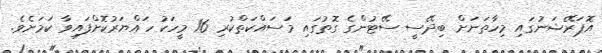
އޮޕަރޭޝަނުގައި މިހާތަނަށް ބިދޭސީ ސޭޓުންގެ ގޮތުގައި މަސައްކަތްކުރި 16 މީހަކު ހައްޔަރުކޮށްފައިވާ ކަަމަށެވެ.